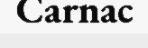
Carnac